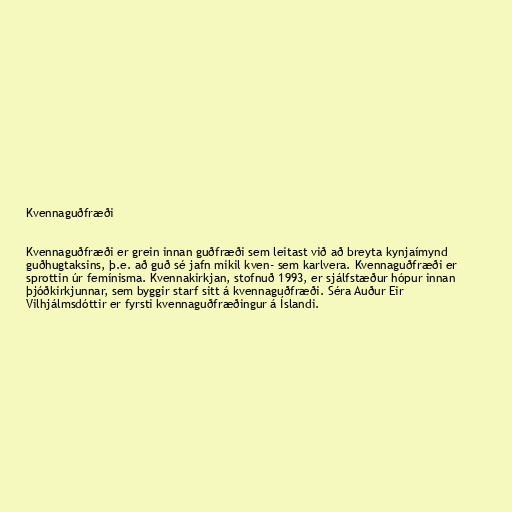
Kvennaguðfræði

Kvennaguðfræði er grein innan guðfræði sem leitast við að breyta kynjaímynd
guðhugtaksins, þ.e. að guð sé jafn mikil kven- sem karlvera. Kvennaguðfræði er
sprottin úr femínisma. Kvennakirkjan, stofnuð 1993, er sjálfstæður hópur innan
þjóðkirkjunnar, sem byggir starf sitt á kvennaguðfræði. Séra Auður Eir
Vilhjálmsdóttir er fyrsti kvennaguðfræðingur á Íslandi.